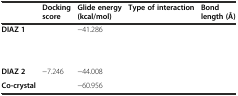
<table><thead><tr><td>[EMPTY_CELL]</td><td><b>Docking score</b></td><td><b>Glide energy (kcal/mol)</b></td><td><b>Type of interaction</b></td><td><b>Bond length (Å)</b></td></tr></thead><tbody><tr><td><b>DIAZ 1</b></td><td>[EMPTY_CELL]</td><td>−41.286</td><td>[EMPTY_CELL]</td><td>[EMPTY_CELL]</td></tr><tr><td>[EMPTY_CELL]</td><td>[EMPTY_CELL]</td><td>[EMPTY_CELL]</td><td>[EMPTY_CELL]</td><td>[EMPTY_CELL]</td></tr><tr><td>[EMPTY_CELL]</td><td>[EMPTY_CELL]</td><td>[EMPTY_CELL]</td><td>[EMPTY_CELL]</td><td>[EMPTY_CELL]</td></tr><tr><td><b>DIAZ 2</b></td><td>−7.246</td><td>−44.008</td><td>[EMPTY_CELL]</td><td>[EMPTY_CELL]</td></tr><tr><td><b>Co-crystal</b></td><td>[EMPTY_CELL]</td><td>−60.956</td><td>[EMPTY_CELL]</td><td>[EMPTY_CELL]</td></tr></tbody></table>